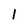
Character: I